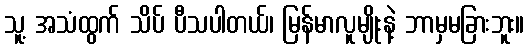
သူ့ အသံထွက် သိပ် ပီသပါတယ်၊ မြန်မာလူမျိုးနဲ့ ဘာမှမခြားဘူး။